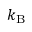
k _ { \mathrm { B } }